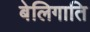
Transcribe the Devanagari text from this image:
बेलिगाति